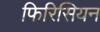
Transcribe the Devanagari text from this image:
फिरिसियन